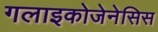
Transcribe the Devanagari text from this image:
गलाइकोजेनेसिस